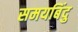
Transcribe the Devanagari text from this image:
समयबिंदु